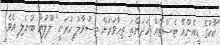
"ކާކުގެ ޑީއެންއޭ ޓެސްޓެއް ހަދަންތަ ތިހާވަރަށް ތިސުވާލު ކުރަނީ" ލޫލުއާ ބުނެލި އެވެ.